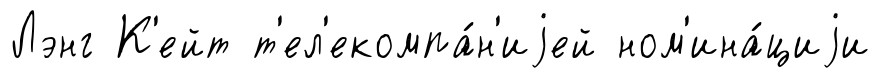
Лэнг К'ейт т'ел'екомпа́н'иjей ном'ина́циjи